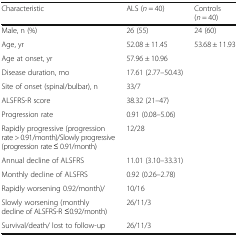
| Characteristic | ALS (n = 40) | Controls (n = 40) |
 | --- | --- | --- |
 | Male, n (%) | 26 (55) | 24 (60) |
 | Age, yr | 52.08 ± 11.45 | 53.68 ± 11.93 |
 | Age at onset, yr | 57.96 ± 10.96 |  |
 | Disease duration, mo | 17.61 (2.77–50.43) |  |
 | Site of onset (spinal/bulbar), n | 33/7 |  |
 | ALSFRS-R score | 38.32 (21–47) |  |
 | Progression rate | 0.91 (0.08–5.06) |  |
 | Rapidly progressive (progression rate > 0.91/month)/Slowly progressive (progression rate ≤ 0.91/month) | 12/28 |  |
 | Annual decline of ALSFRS | 11.01 (3.10–33.31) |  |
 | Monthly decline of ALSFRS | 0.92 (0.26–2.78) |  |
 | Rapidly worsening 0.92/month)/ | 10/16 |  |
 | Slowly worsening (monthly decline of ALSFRS-R ≤0.92/month) | 26/11/3 |  |
 | Survival/death/ lost to follow-up | 26/11/3 |  |